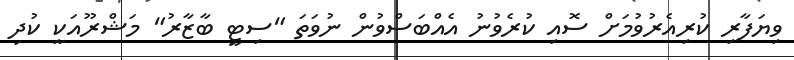
ވިޔަފާރި ކުރިއެރުވުމަށް ސޮއި ކުރެވުނު އެއްބަސްވުން ނުވަތަ "ސިޓީ ބާޒާރު" މަޝްރޫއަކީ ކުދި